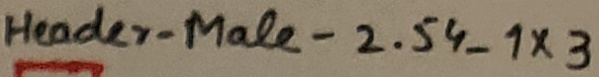
Text: Header-Male-2.54_1X3